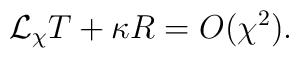
{\cal L}_{\chi} T + \kappa R = O (\chi ^{2}).